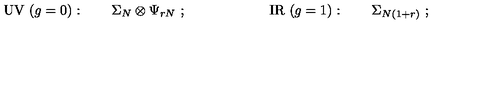
\mathrm { U V } \ ( g = 0 ) : \qquad \Sigma _ { N } \otimes \Psi _ { r N } \ ; \qquad \qquad \qquad \mathrm { I R \ } ( g = 1 ) : \qquad \Sigma _ { N ( 1 + r ) } \ ;